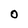
Character: 0